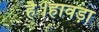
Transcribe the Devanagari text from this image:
है।हावड़ा